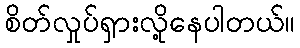
စိတ်လှုပ်ရှားလို့နေပါတယ်။